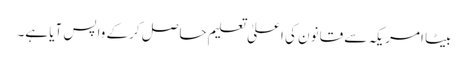
بیٹا امریکہ سے قانون کی اعلیٰ تعلیم حاصل کرکے واپس آیا ہے۔